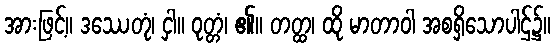
အားဖြင့်။ ဒဿေတုံ၊ ငှါ။ ဝုတ္တံ၊ ၏။ တတ္ထ၊ ထို မာတာဝါ အစရှိသောပါဌ်၌။